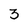
Character: 3